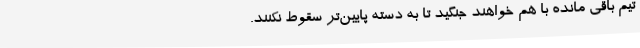
تیم باقی مانده با هم خواهند جنگید تا به دسته پایین‌تر سقوط نکنند.